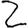
Digit: 2